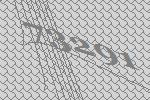
73291